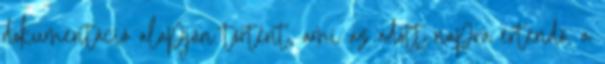
dokumentáció alapján történt, ami az adott napra értendő, a